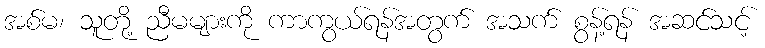
အစ်မ၊ သူတို့ ညီမများကို ကာကွယ်ရန်အတွက် အသက် စွန့်ရန် အဆင်သင့်